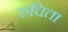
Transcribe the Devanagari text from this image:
रुचिता